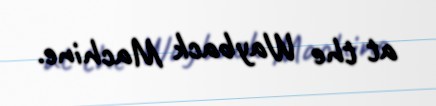
at the Wayback Machine.